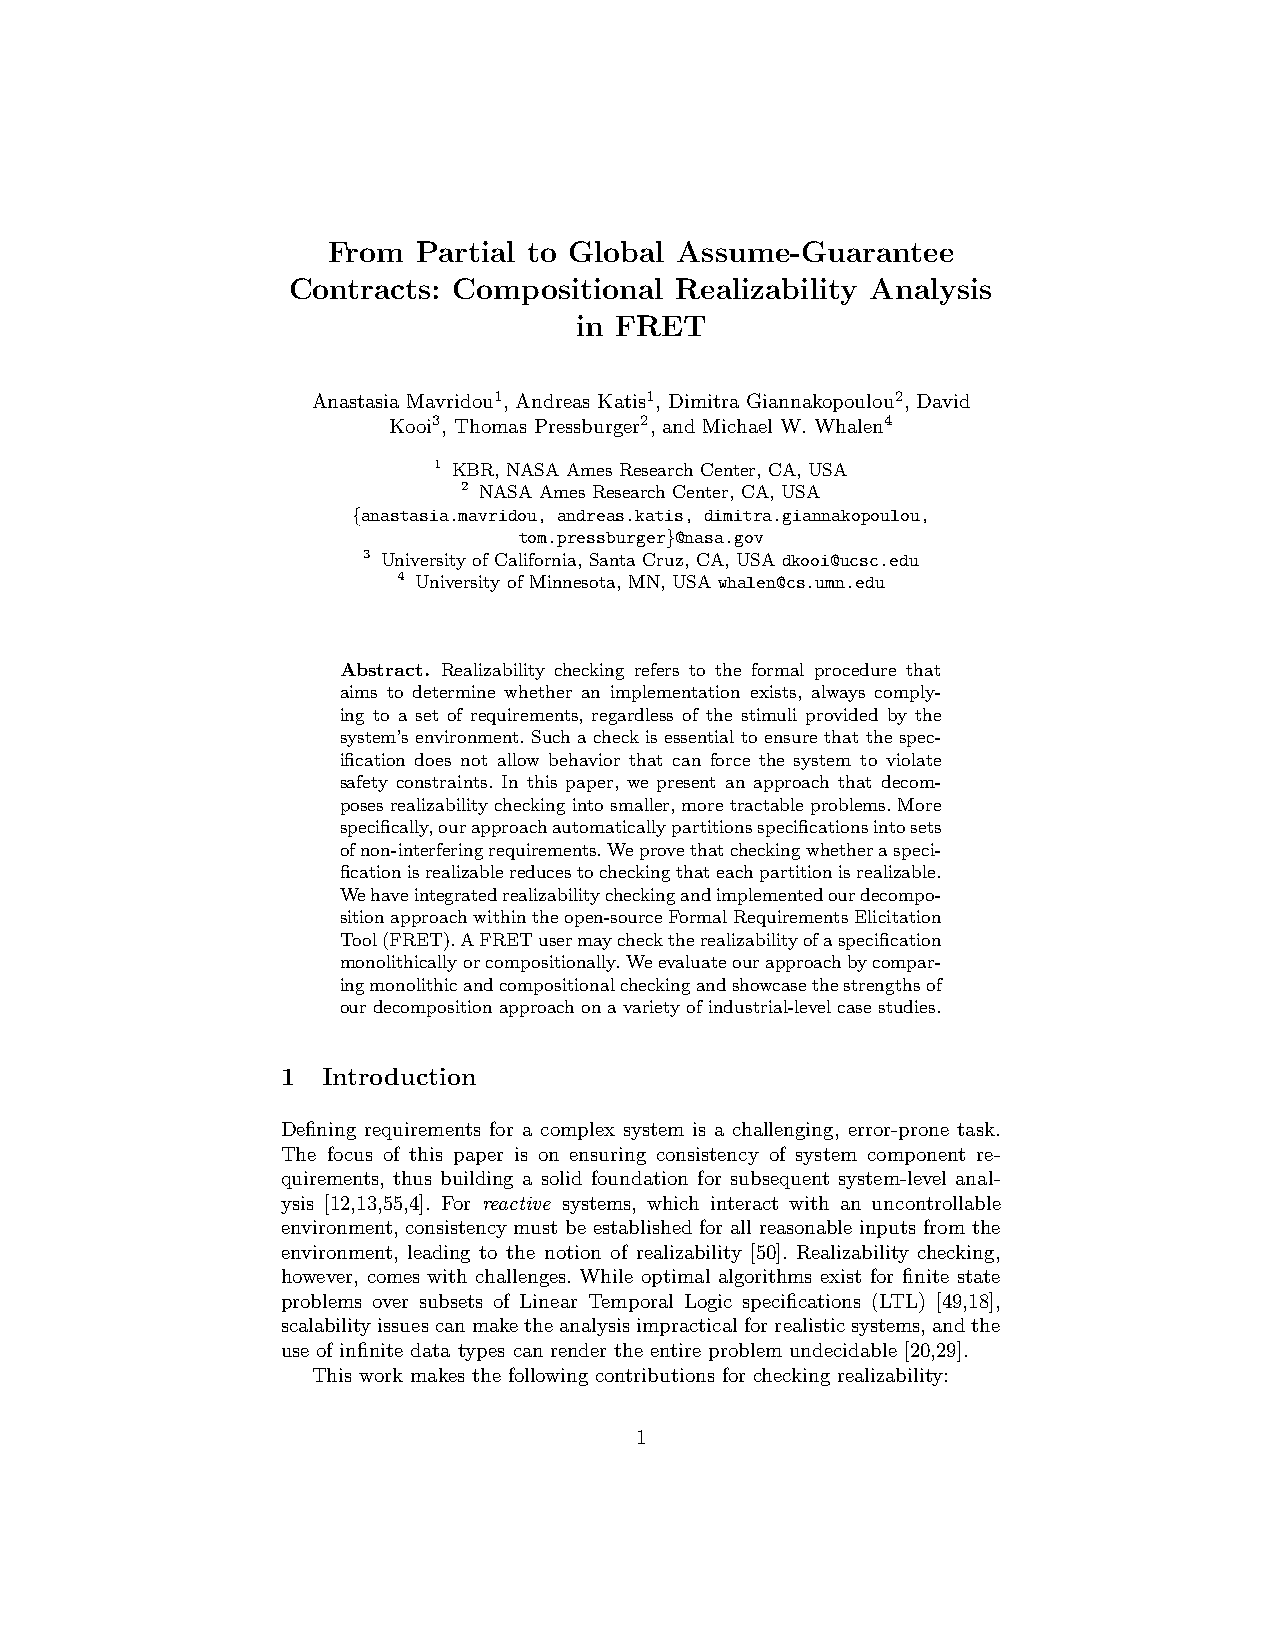
From  Partial to Global Assume-Guarantee
 Contracts: Compositional  Realizability Analysis
 in FRET
 Anastasia Mavridou1, Andreas Katis1, Dimitra Giannakopoulou2, David
 Kooi3, Thomas Pressburger2, and Michael W. Whalen4
 1 KBR, NASA Ames Research Center, CA, USA
 2 NASA Ames Research Center, CA, USA
 {anastasia.mavridou, andreas.katis, dimitra.giannakopoulou,
 tom.pressburger}@nasa.gov
 3 University of California, Santa Cruz, CA, USA dkooi@ucsc.edu
 4 University of Minnesota, MN, USA whalen@cs.umn.edu
 Abstract. Realizability checking refers to the formal procedure that
 aims to determine whether an implementation exists, always comply-
 ing to a set of requirements, regardless of the stimuli provided by the
 system’s environment. Such a check is essential to ensure that the spec-
 ification does not allow behavior that can force the system to violate
 safety constraints. In this paper, we present an approach that decom-
 poses realizability checking into smaller, more tractable problems. More
 specifically,ourapproachautomaticallypartitionsspecificationsintosets
 ofnon-interferingrequirements.Weprovethatcheckingwhetheraspeci-
 ficationisrealizablereducestocheckingthateachpartitionisrealizable.
 Wehaveintegratedrealizabilitycheckingandimplementedourdecompo-
 sitionapproachwithintheopen-sourceFormalRequirementsElicitation
 Tool(FRET).AFRETusermaychecktherealizabilityofaspecification
 monolithicallyorcompositionally.Weevaluateourapproachbycompar-
 ingmonolithicandcompositionalcheckingandshowcasethestrengthsof
 ourdecompositionapproachonavarietyofindustrial-levelcasestudies.
 1 Introduction
 Defining requirements for a complex system is a challenging, error-prone task.
 The focus of this paper is on ensuring consistency of system component re-
 quirements, thus building a solid foundation for subsequent system-level anal-
 ysis [12,13,55,4]. For reactive systems, which interact with an uncontrollable
 environment, consistency must be established for all reasonable inputs from the
 environment, leading to the notion of realizability [50]. Realizability checking,
 however, comes with challenges. While optimal algorithms exist for finite state
 problems over subsets of Linear Temporal Logic specifications (LTL) [49,18],
 scalabilityissuescanmaketheanalysisimpracticalforrealisticsystems,andthe
 use of infinite data types can render the entire problem undecidable [20,29].
 This work makes the following contributions for checking realizability:
 1